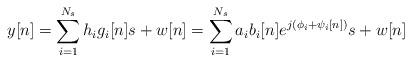
LaTeX: \begin{align*}\begin{aligned}&y[n] = \sum_{i=1}^{N_s} h_i g_i[n] s + w[n] = \sum_{i=1}^{N_s} a_i b_i[n] e^{j(\phi_i + \psi_i[n])} s + w[n]\end{aligned}\end{align*}